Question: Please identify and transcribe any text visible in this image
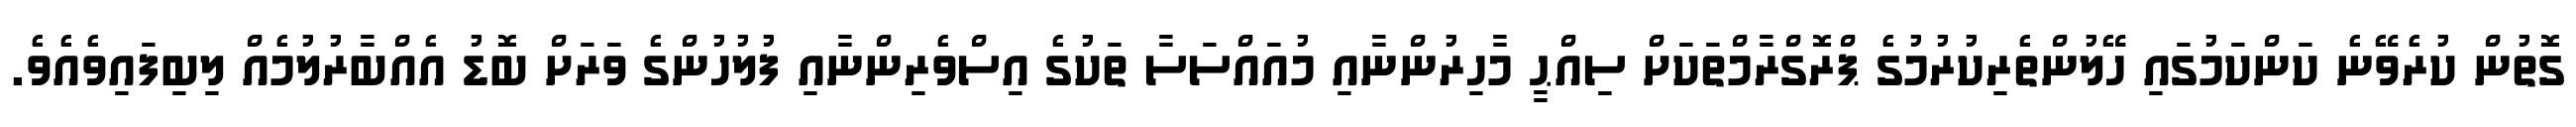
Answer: ގޮތުން ކުރެވޭނެ ކަންކަމުގައި ހޭލުންތެރިކުރުމުގެ ޕްރޮގްރާމްތަކަށް ސިއްޙީ މާހިރުންނާއި މުއައްސަސާ ތަކުގެ އިސްވެރިންނާއި ފުލުހުންގެ ވަރަށް ބޮޑު އެއްބާރުލުމެއް ލިބިފައިވެއެވެ.